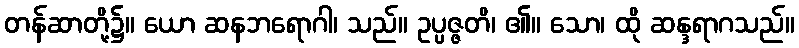
တန်ဆာတို့၌။ ယော ဆနဘရောဂါ၊ သည်။ ဥပ္ပဇ္ဇတိ၊ ၏။ သော၊ ထို ဆန္ဒရာဂသည်။